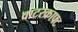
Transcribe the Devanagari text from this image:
वाटरक्राफ्ट